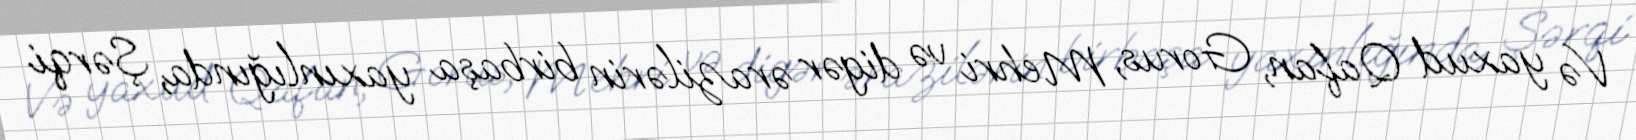
Və yaxud Qafan, Gorus, Mehri və digər ərazilərin birbaşa yaxınlığında, Şərqi